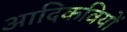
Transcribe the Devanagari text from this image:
आदिकवियों